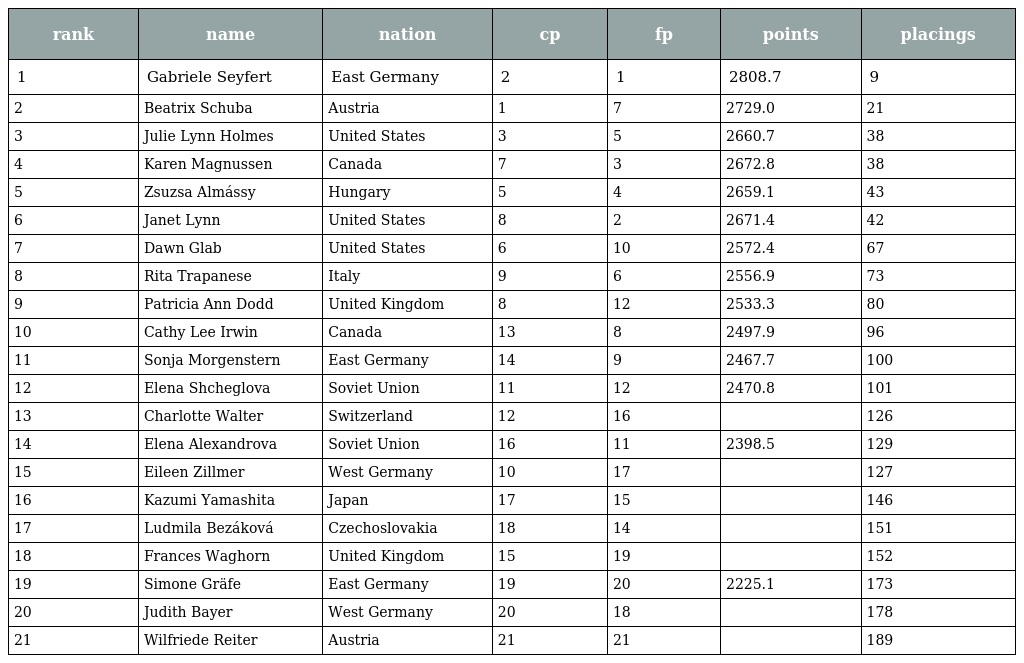
| rank | name | nation | cp | fp | points | placings |
 | --- | --- | --- | --- | --- | --- | --- |
 | 1 | Gabriele Seyfert | East Germany | 2 | 1 | 2808.7 | 9 |
 | 2 | Beatrix Schuba | Austria | 1 | 7 | 2729.0 | 21 |
 | 3 | Julie Lynn Holmes | United States | 3 | 5 | 2660.7 | 38 |
 | 4 | Karen Magnussen | Canada | 7 | 3 | 2672.8 | 38 |
 | 5 | Zsuzsa Almássy | Hungary | 5 | 4 | 2659.1 | 43 |
 | 6 | Janet Lynn | United States | 8 | 2 | 2671.4 | 42 |
 | 7 | Dawn Glab | United States | 6 | 10 | 2572.4 | 67 |
 | 8 | Rita Trapanese | Italy | 9 | 6 | 2556.9 | 73 |
 | 9 | Patricia Ann Dodd | United Kingdom | 8 | 12 | 2533.3 | 80 |
 | 10 | Cathy Lee Irwin | Canada | 13 | 8 | 2497.9 | 96 |
 | 11 | Sonja Morgenstern | East Germany | 14 | 9 | 2467.7 | 100 |
 | 12 | Elena Shcheglova | Soviet Union | 11 | 12 | 2470.8 | 101 |
 | 13 | Charlotte Walter | Switzerland | 12 | 16 |  | 126 |
 | 14 | Elena Alexandrova | Soviet Union | 16 | 11 | 2398.5 | 129 |
 | 15 | Eileen Zillmer | West Germany | 10 | 17 |  | 127 |
 | 16 | Kazumi Yamashita | Japan | 17 | 15 |  | 146 |
 | 17 | Ludmila Bezáková | Czechoslovakia | 18 | 14 |  | 151 |
 | 18 | Frances Waghorn | United Kingdom | 15 | 19 |  | 152 |
 | 19 | Simone Gräfe | East Germany | 19 | 20 | 2225.1 | 173 |
 | 20 | Judith Bayer | West Germany | 20 | 18 |  | 178 |
 | 21 | Wilfriede Reiter | Austria | 21 | 21 |  | 189 |